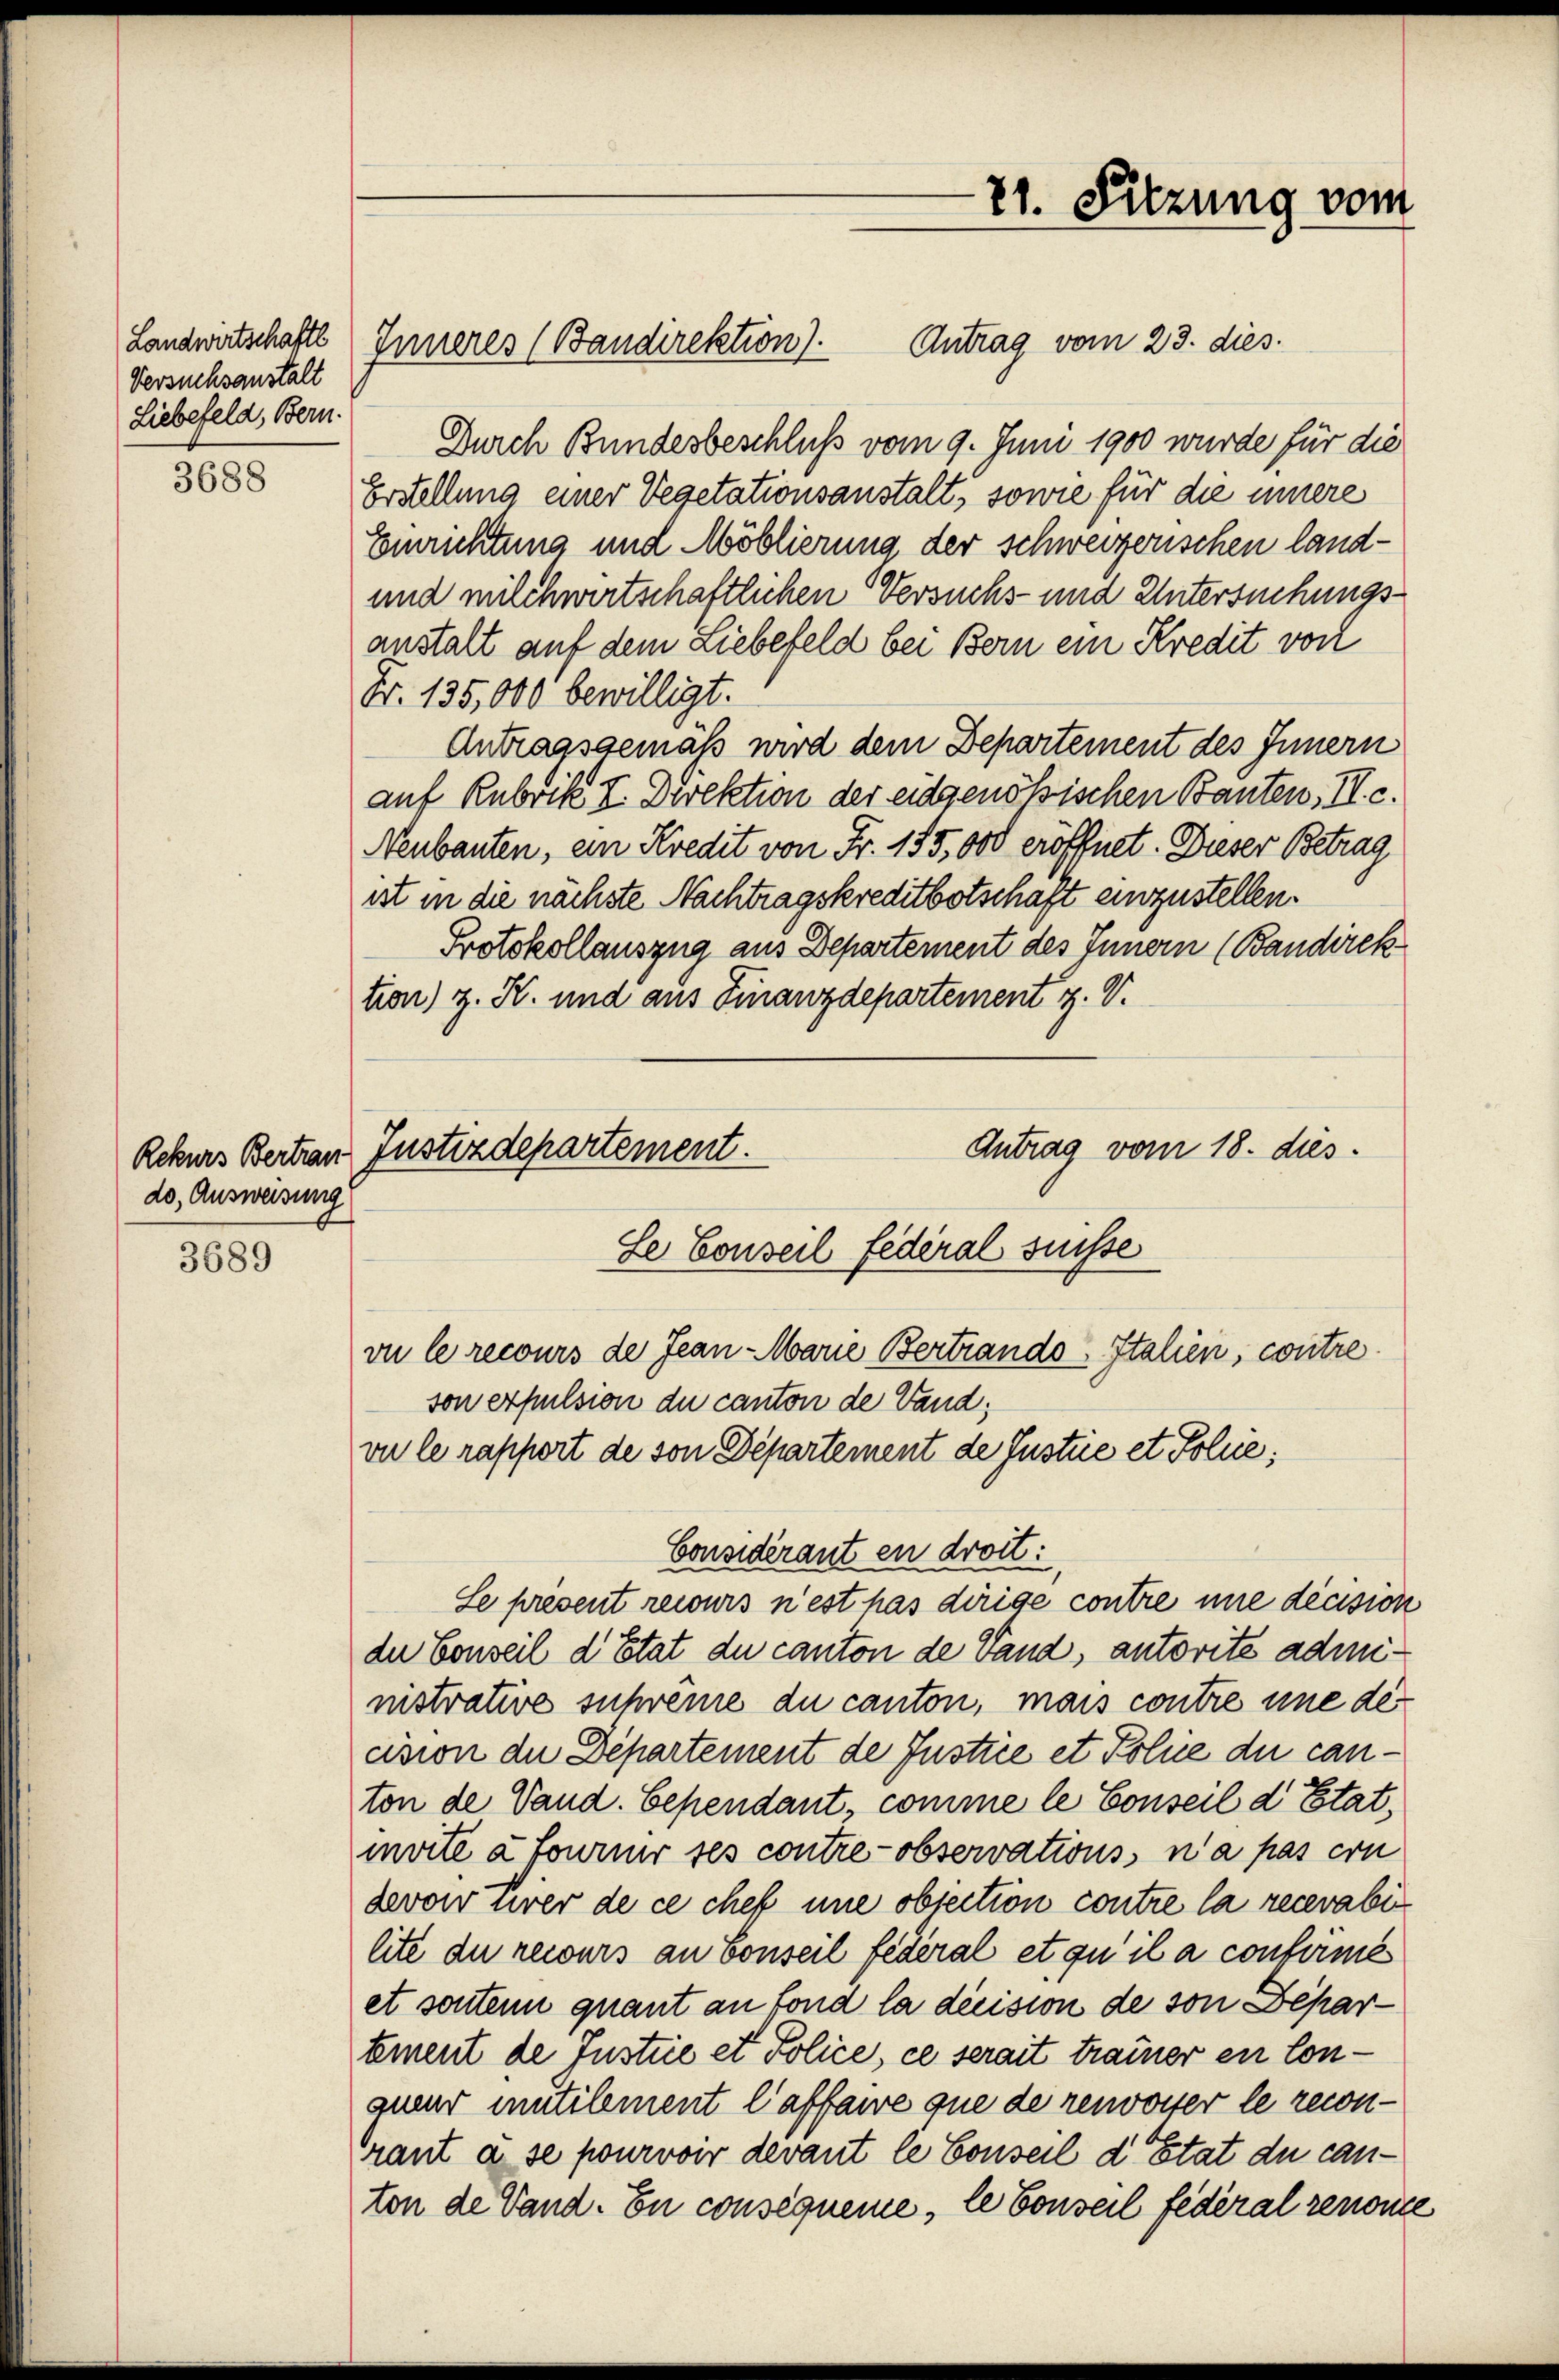
Landwirtschaftl
Versuchsanstalt
Liebefeld, Bern.

3688

do, Ausweisung

3689

Inneres (Bandirektion).

Se Conseil federal Suisse
vu le recours de Jean-Marie Bertrands-Italien, contre
son erpulsion du canton de Vand;
vu le rapport de von Departement de Justie et Polie;

Antrag vom 23. dies
Durch Bundesbeschluß vom 9. Juni 1900 wurde für die
Erstellung einer Vegetationsanstalt, sowie für die innere
Einrichtung und Möblierung der schweizerischen land¬
und milchwirtschaftlichen Versuchs- und Untersuchungsanstalt auf dem Liebefeld bei Bern ein Kredit von
Fr. 135,000 bewilligt.
Antragsgemäß wird dem Departement des Innern
auf Rubrik I. Direktion der eidgenößischen Bauten, II. c.
Neubauten, ein Kredit von Fr. 155,000 eröffnet. Dieser Betrag
ist in die nächste Nachtragskreditbotschaft einzustellen.
Protokollauszug aus Departement des Innern (Bandirek
tion) z. K. und aus Finanzdepartement z. V.
Antrag vom 18. dies
Rekurs Bertau Justizdepartement.

21. Sitzung vom

Considérant en droit:
Se prevent recurs n’est pas dirige contre une decision
der Conseil d’Etat du canton de Vand, autorité administrative supremie du canton, mais contre une de
cision die Departement de Justice et Police der canton de Vaud. Cependant, comme le Conseil d’Etat,
moite à fournir ses contre - observations, n’a pas con
devow tirer de ce chef une objection contre la recevabi
lité du recours an Conseil fédéral et qu’il a conforme
et sonten quant an fond la décision de son Departement de Instrie et Police, ce serait trauer en Conquenz mutilement l’affawe que de renworter le reconrant a se pourvoir devant le Conseil d’Etat du canton de Vand. En consequeme, le Conseil fédéral renonce